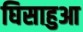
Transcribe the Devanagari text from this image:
घिसाहुआ